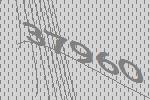
37960